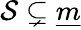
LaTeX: \mathcal{S}\subsetneq{\underline{{{m}}}}